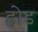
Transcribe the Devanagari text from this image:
ह्रोड